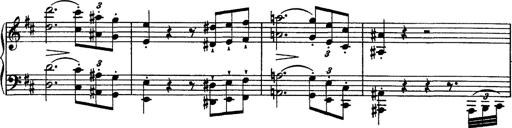
Title: Piano Sonata
Composer: Karl HÃ¤ssler
Key: C major